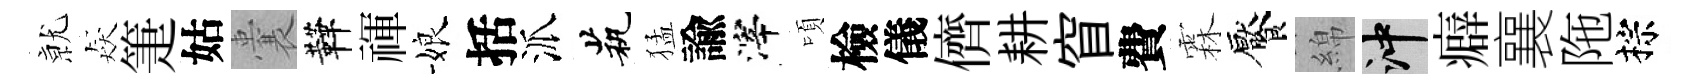
𭕒猋箑姑囊鞾禈娘括派茕猛諭滓頃檢儀儕耕窅費霖饜綿冲癖襄陁棕